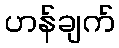
ဟန်ချက်